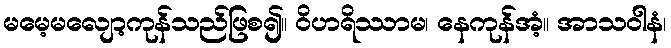
မမေ့မလျော့ကုန်သည်ဖြစ၍။ ဝိဟရိဿာမ၊ နေကုန်အံ့။ အာသဝါနံ၊